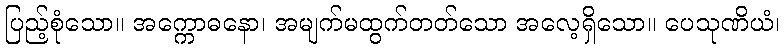
ပြည့်စုံသော။ အက္ကောဓနော၊ အမျက်မထွက်တတ်သော အလေ့ရှိသော။ ပေသုဏိယံ၊